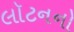
લૉટનનો